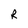
Character: R